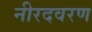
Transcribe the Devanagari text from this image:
नीरदवरण